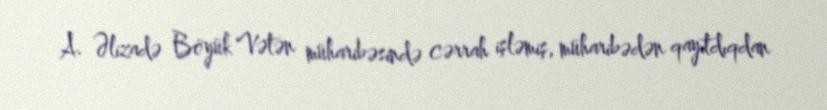
A. Əlizadə Böyük Vətən müharibəsində cərrah işləmiş, müharibədən qayıtdıqdan